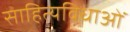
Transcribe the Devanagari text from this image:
साहित्यविधाओं